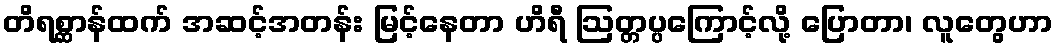
တိရစ္ဆာန်ထက် အဆင့်အတန်း မြင့်နေတာ ဟိရီ ဩတ္တပ္ပကြောင့်လို့ ပြောတာ၊ လူတွေဟာ